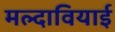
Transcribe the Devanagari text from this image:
मल्दावियाई